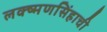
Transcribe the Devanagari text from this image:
लक्ष्मणसिंहाची